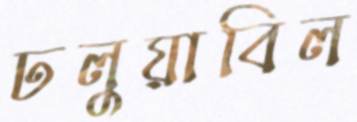
ঢলুয়াবিল